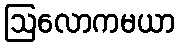
ဩလောကမယာ